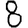
Digit: 8